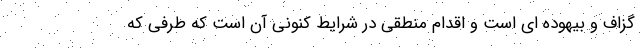
گزاف و بیهوده ای است و اقدام منطقی در شرایط کنونی آن است که طرفی که